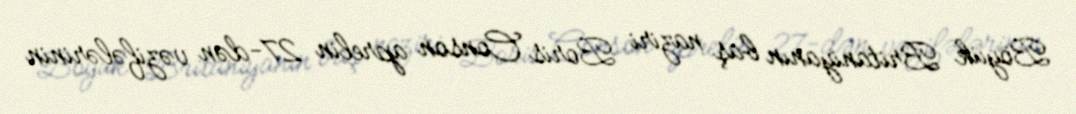
Böyük Britaniyanın baş naziri Boris Conson aprelin 27-dən vəzifələrinin